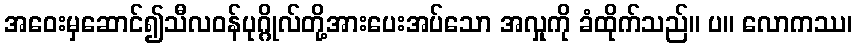
အဝေးမှဆောင်၍သီလဝန်ပုဂ္ဂိုလ်တို့အားပေးအပ်သော အလှုကို ခံထိုက်သည်။ ပ။ လောကဿ၊